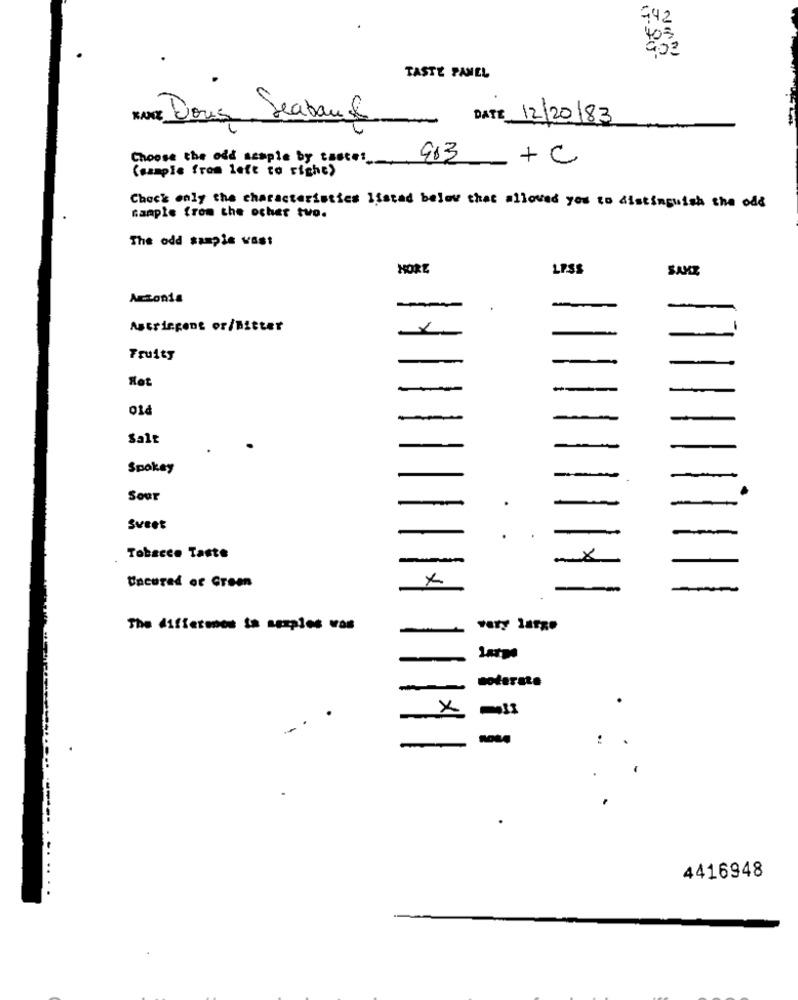
942
403
TASTE PANEL
LUNE Dous Seabauf
DATE 12/20183
Choose the odd semple by taste:
903
_+c
(sample from left to right)
Chock only the characteristics Ifstad below that alloved yes to distinguish the odd
sample from the ocher two.
The odd sample vast
HORE
LPSS
SAKZ
Antonia
-
Astringent or/Bitter
Fruity
Rot
--
Salt
Spokey
.
Sour
-
Sveet
Tobacco Taste
-
×
Uncured or Green
The differones ta agaples was
-
moderate
-
X
-
-
-----
. ..
4416948